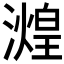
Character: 𬉒